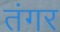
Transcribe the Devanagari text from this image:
तंगर